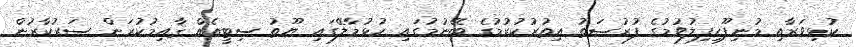
ކުޅިވަރާއި މުނިފޫހިފިލުވުމުގެ ފުރުޞަތު އިތުރުކުރުމުގެ ބޭނުމުގައި ހުޅުމާލޭގައި ޔޫތު ސިޓީއެއް ޤާއިމުކުރަން ސަރުކާރުން